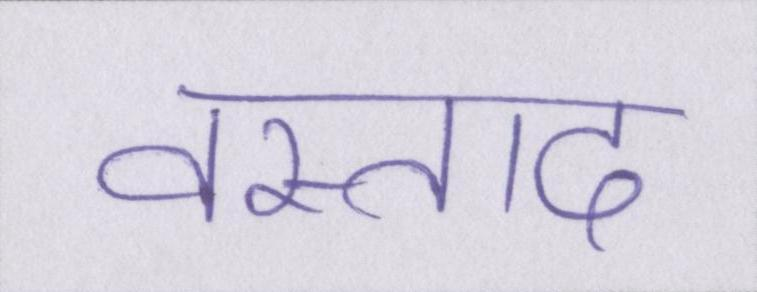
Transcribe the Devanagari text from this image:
वस्ताद